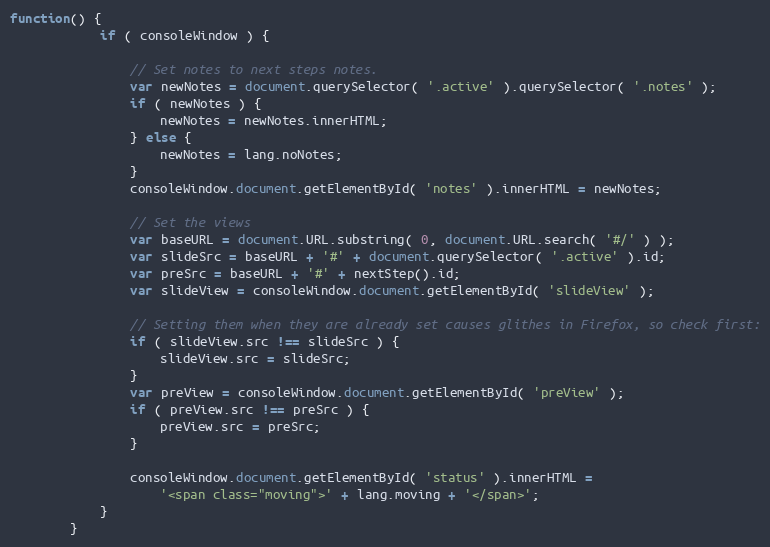
Language: JavaScript
function() {
            if ( consoleWindow ) {

                // Set notes to next steps notes.
                var newNotes = document.querySelector( '.active' ).querySelector( '.notes' );
                if ( newNotes ) {
                    newNotes = newNotes.innerHTML;
                } else {
                    newNotes = lang.noNotes;
                }
                consoleWindow.document.getElementById( 'notes' ).innerHTML = newNotes;

                // Set the views
                var baseURL = document.URL.substring( 0, document.URL.search( '#/' ) );
                var slideSrc = baseURL + '#' + document.querySelector( '.active' ).id;
                var preSrc = baseURL + '#' + nextStep().id;
                var slideView = consoleWindow.document.getElementById( 'slideView' );

                // Setting them when they are already set causes glithes in Firefox, so check first:
                if ( slideView.src !== slideSrc ) {
                    slideView.src = slideSrc;
                }
                var preView = consoleWindow.document.getElementById( 'preView' );
                if ( preView.src !== preSrc ) {
                    preView.src = preSrc;
                }

                consoleWindow.document.getElementById( 'status' ).innerHTML =
                    '<span class="moving">' + lang.moving + '</span>';
            }
        }